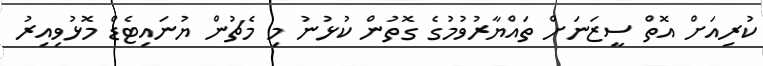
ކުރިއަށް އޮތް ސީޒަނަށް ތައްޔާރުވުމުގެ ގޮތުން ކުޅުނު މި މެޗުން ޔުނައިޓެޑް މޮޅުވިއިރު